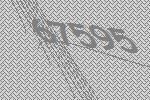
67595